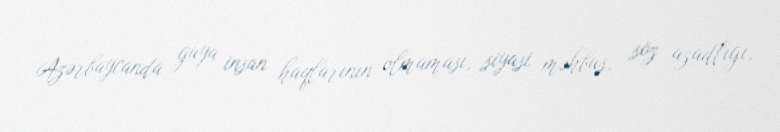
Azərbaycanda guya insan haqlarının olmaması, siyasi məhbus, söz azadlığı,